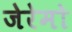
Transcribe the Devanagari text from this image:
जेरेमो